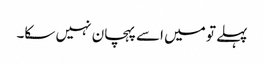
پہلے تو میں اسے پہچان نہیں سکا۔